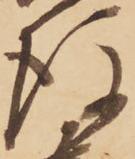
後